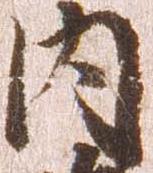
内